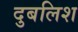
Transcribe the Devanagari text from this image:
दुबलिश